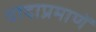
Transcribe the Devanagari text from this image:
वादाप्रमाणें